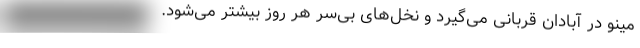
مینو در آبادان قربانی می‌گیرد و نخل‌های بی‌سر هر روز بیشتر می‌شود.